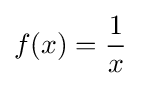
f(x)={\frac {1}{x}}